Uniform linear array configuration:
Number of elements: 48
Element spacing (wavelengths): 0.75
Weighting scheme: binomial
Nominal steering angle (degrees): -45
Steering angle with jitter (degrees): -45.45
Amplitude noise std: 0.05
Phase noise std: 0.05

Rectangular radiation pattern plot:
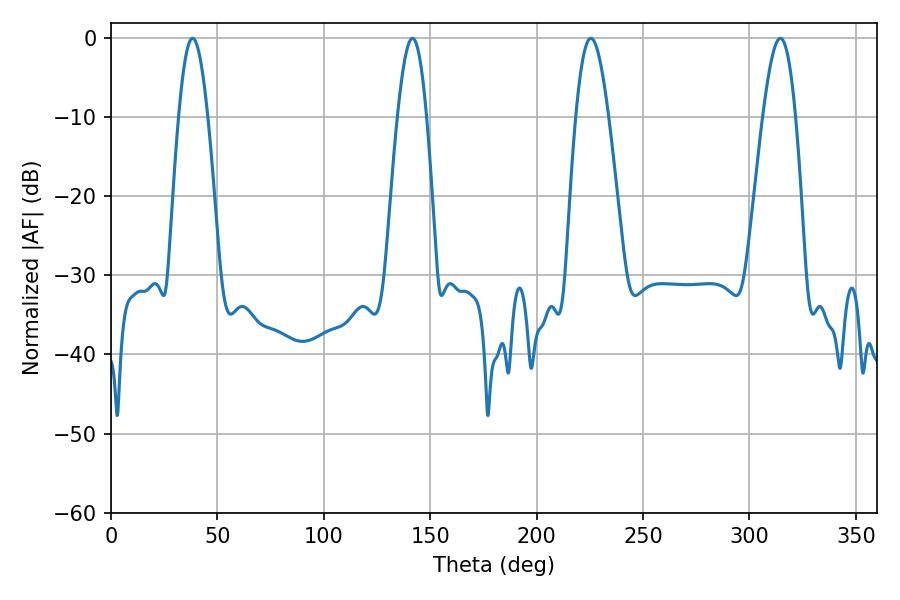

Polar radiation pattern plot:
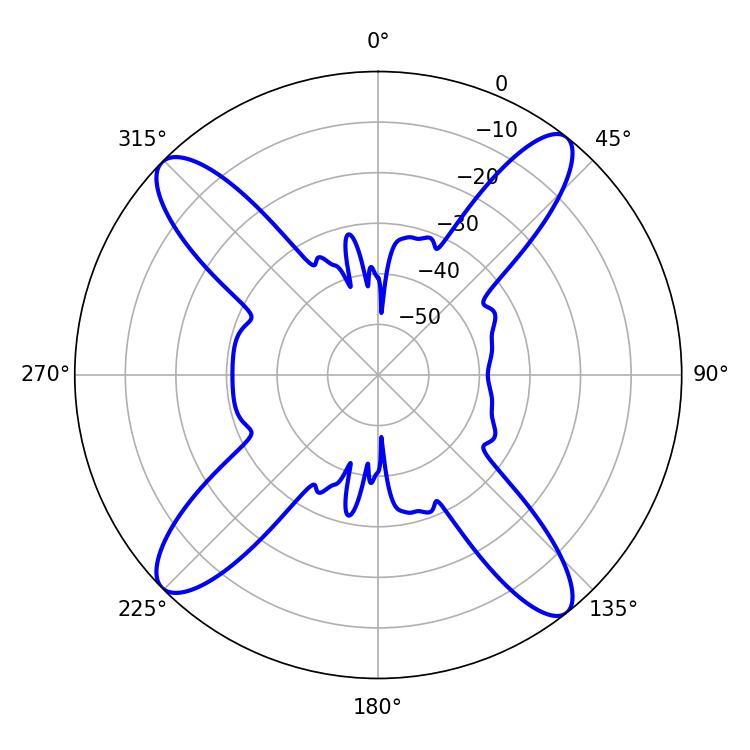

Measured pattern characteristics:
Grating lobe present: TRUE
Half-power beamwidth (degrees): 7.38
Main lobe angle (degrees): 38.34